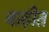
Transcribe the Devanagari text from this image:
बाढ़ीत